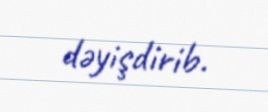
dəyişdirib.